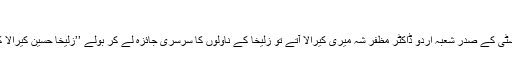
تِروپتی کے شری
وینکٹیشورا یونیورسٹی کے صدر شعبہ اُردو ڈاکٹر مظفر شہ میری کیرالا آتے تو زُلیخا کے ناولوں کا سرسری جائزہ لے کر بولے ’’زُلیخا حُسین کیرالا کی ناول نگار ہیں ؟